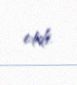
etdi.